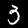
Label: 3